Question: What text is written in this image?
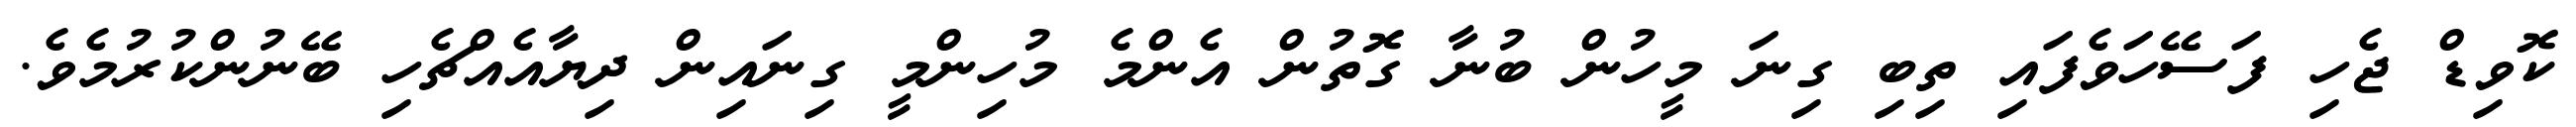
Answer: ކޮވިޑް ޖެހި ފަސޭހަވެފައި ތިބި ގިނަ މީހުން ބުނާ ގޮތުން އެންމެ މުހިންމީ ގިނައިން ދިޔާއެއްޗެހި ބޭނުންކުރުމެވެ.